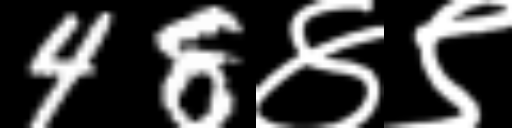
Text: 48४९